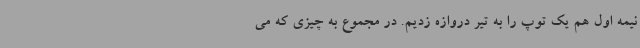
نیمه اول هم یک توپ را به تیر دروازه زدیم‌. در مجموع به چیزی که می